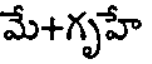
మే+గృహే